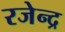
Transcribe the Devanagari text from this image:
रजेन्द्र